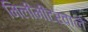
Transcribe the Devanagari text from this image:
मिलीमीटरवाले